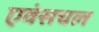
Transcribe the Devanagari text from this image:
एवंसचल